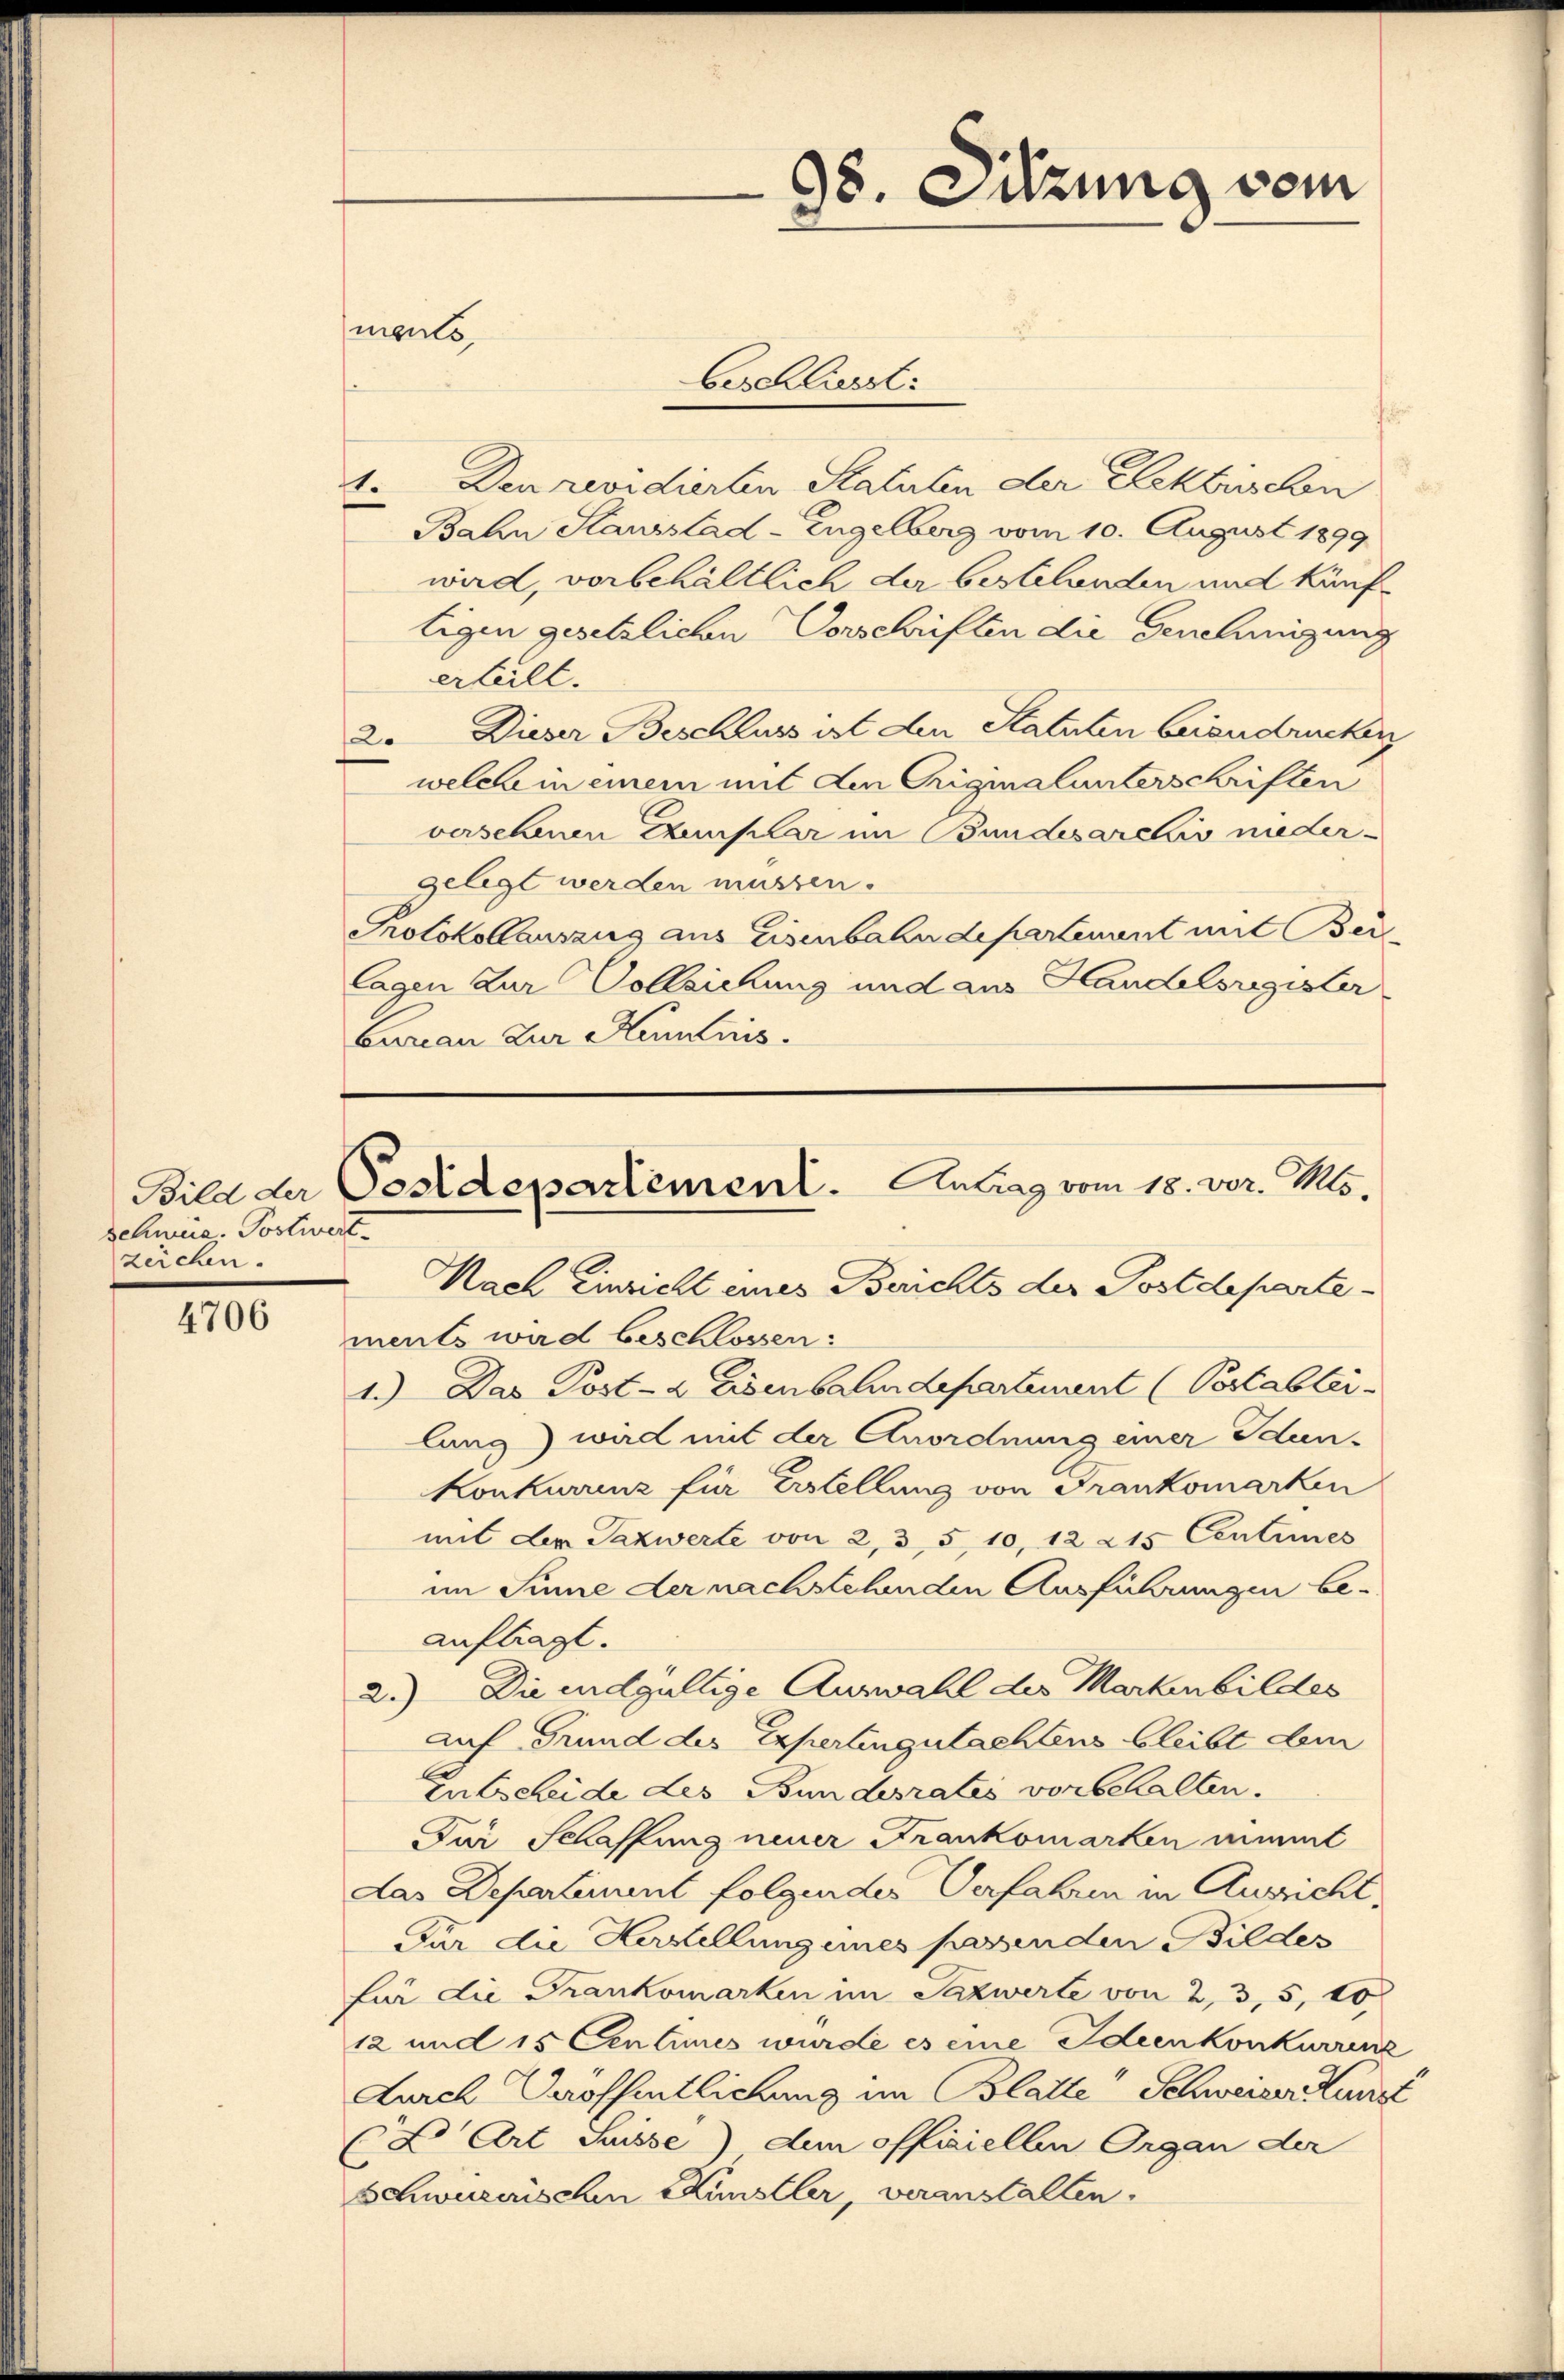
Schweiz. Postivert
zeichen.

4706

ments

1. Den revidierten Statuten der Rektrischen
Bahn Stanislad-Engelberg vom 10. August 1899
wird, vorbehältlich der bestelenden und künftigen gesetzlichen Vorschriften die Genehmigung
erteilt.
Dieser Beschluss ist den Statuten beizudrucker
20
welche in einem mit den Originalunterschriften
verschenen Exemplar im Bundesarchiv niedergelegt werden müssen.
Protokollauszug aus Eisenbahndepartement mit Bei
lagen Zur Vollziehung und aus Handelsregister
Garan zur Kemnis.

98. Sitzung vom

beschlingt:

Bild der Postdepartement. Antrag vom 18. vor. Mts.

Nach Einsicht eines Berichts der Postdepartements wird beschlossen:
1.) Das Post- & Eisenbahndepartement (Pestableilung) wird mit der Anordnung einer Idan-
Konkuranz für Erstellung von Frankomarken
mit der Saxwerte von 2, 35, 10, 12 215 Centimes
im Sinne der nachstehenden Ausführungen be-
auftragt.
2.) Die endgültige Auswahl der Markenbildes
auf Grund des Expertingutachtens bleibt dem
In Beleide des Bundesrates vorbehalten.
Für Schaffung neuer Frankomarken nimmt
das Departement folgendes Verfahren in Aussicht,
Für die Herstellung eines passenden Bildes
für die Frankomarken im Saxwerte von 2, 3, 5, 20
12 und 15 Centimes wurde es eine Ideenkonkurrenz
Lurch Veröffentlichung im Blatte Schweizer Kunst
L Art Suisse) dem officiellen Organ der
Schwurerischen Künstler, veranstalten.